system: You are a helpful assistant.
user:
Analyze the provided spectrum to determine if it is a **"Cataclysmic Variables (CV)"**.

- **Key Indicators for CV (Check for either state):**
    - **State 1: Quiescent / Low-State (Emission-Dominated)**
        - **(Primary):** Strong and *very broad* Hydrogen Balmer emission lines (e.g., $H\alpha$ at 6563 Å, $H\beta$ at 4861 Å). The 'broadness' (high velocity dispersion, often FWHM > 1000 km/s) is the key diagnostic, indicating a high-velocity accretion disk.
        - **(Secondary):** Broad neutral Helium (He I) emission lines (e.g., 5876 Å, 6678 Å).
        - **(Key Confirmation):** Presence of high-excitation *ionized* Helium (He II) emission at 4686 Å. This is a strong indicator of accretion onto a white dwarf.
        - **(Line Profile):** Emission lines may exhibit a 'double-peaked' profile, which is a classic signature of a rotating accretion disk viewed at high inclination.

    - **State 2: Outburst / High-State (Absorption-Dominated)**
        - **(Primary):** Spectrum is dominated by a bright, blue continuum (looks like a hot star).
        - **(Secondary):** The emission lines from State 1 are weak, absent, or 'filled in', and are replaced by broad, shallow *absorption* lines (primarily Balmer and He I).
        - **(Morphology):** The overall spectrum mimics a hot B/A-type star. The crucial difference is that the absorption lines are significantly broader, shallower, and more 'washed-out' (or 'smeared') than the sharp lines of a normal stellar photosphere, due to high rotational speeds and pressure broadening in the disk.

Think first, call **spectral_visualization_tool** if needed to examine features in detail, then provide your final answer. Your response must adhere to the following strict rules:
1.  **Overall Structure:** Your response must follow the format `<think>...</think> <tool_call>...</tool_call> (if a tool is used) <answer>...</answer>`.
2.  **Tool Usage Constraint:** You may only make **one** tool call per turn.
3.  **Final Answer Format:** In the `<answer>` tag, your conclusion must be inside a `\boxed{}` command (e.g., `\boxed{YES}`), followed by your justification.

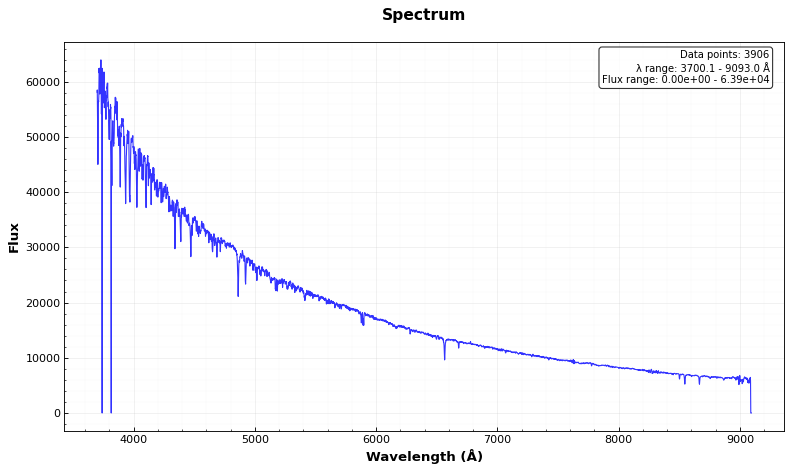
Answer: NO